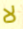
لا